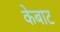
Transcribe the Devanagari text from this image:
केबाट